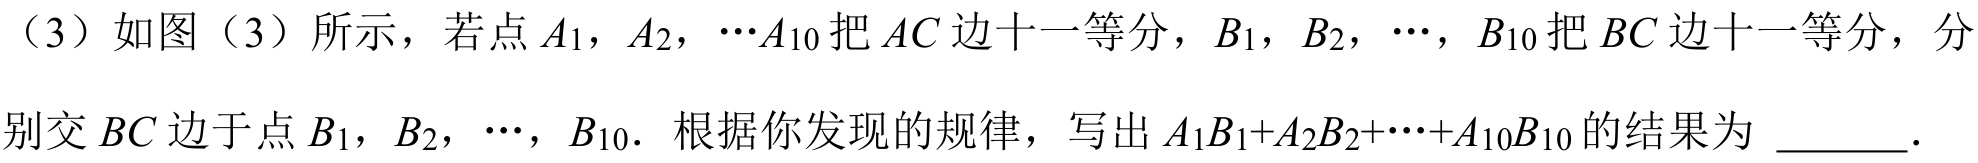
（3）如图（3）所示，若点\(A_{1}\)，\(A_{2}\)，\(\cdots A_{10}\)把\(AC\)边十一等分，\(B_{1}\)，\(B_{2}\)，\(\cdots\)，\(B_{10}\)把\(BC\)边十一等分，分别交\(BC\)边于点\(B_{1}\)，\(B_{2}\)，\(\cdots\)，\(B_{10}\). 根据你发现的规律，写出\(A_{1}B_{1}+A_{2}B_{2}+\cdots+A_{10}B_{10}\)的结果为 \(\underline{\quad\quad}\).